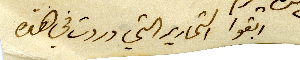
ابقوا التحارير التي وردت في هذه